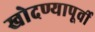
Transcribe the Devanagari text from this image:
खोदण्यापूर्वी